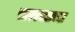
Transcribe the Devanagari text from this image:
सारस्वताच्या